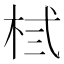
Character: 𪲃